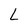
Character: L